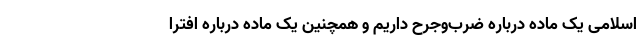
اسلامی یک ماده درباره ضرب‌و‌جرح داریم و همچنین یک ماده درباره افترا